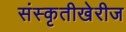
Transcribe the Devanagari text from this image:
संस्कृतीखेरीज